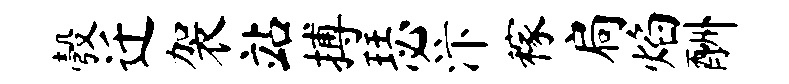
彀迁袈站搏瑟汴稼扃焰酬